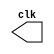
`timescale 1ns/1ps

module clk (
    output  reg clk
);

initial clk = 1'h0;
always  #1 clk = ~clk;

endmodule